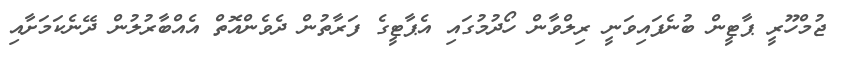
ޖުމްހޫރީ ޕާޓީން ބުނެފައިވަނީ ރިލްވާން ހޯދުމުގައި އެޕާޓީގެ ފަރާތުން ދެވެންއޮތް އެއްބާރުލުން ދޭނެކަމަށާއި